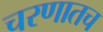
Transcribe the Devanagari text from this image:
चरणातच